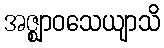
အဇ္ဈာဝသေယျာသိ